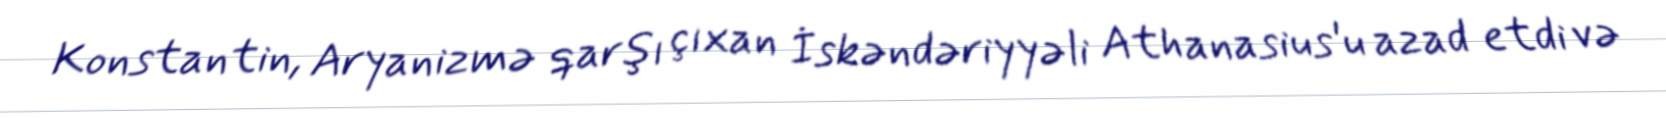
Konstantin, Aryanizmə qarşı çıxan İskəndəriyyəli Athanasius'u azad etdi və